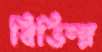
বিভিন্ন্ন